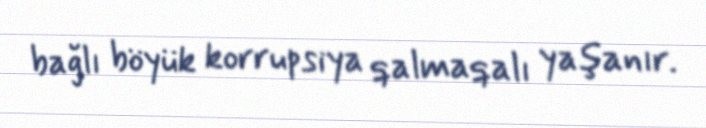
bağlı böyük korrupsiya qalmaqalı yaşanır.